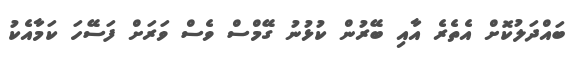
ބައްދަލުކޮށް އެތެރެ އާއި ބޭރުން ކުޅުނު ގޭމްސް ވެސް ވަރަށް ފަސޭހަ ކަމާއެކު